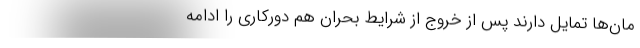
مان‌ها تمایل دارند پس از خروج از شرایط بحران هم دورکاری را ادامه